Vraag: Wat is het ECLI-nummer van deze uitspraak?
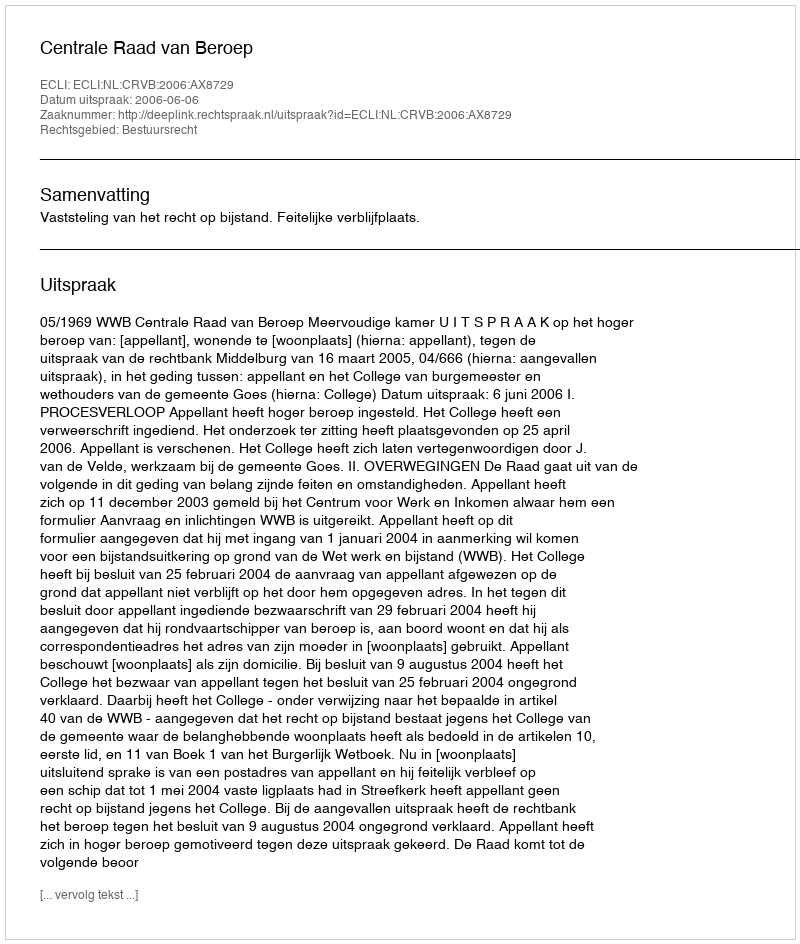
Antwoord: ECLI:NL:CRVB:2006:AX8729